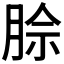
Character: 𪱡